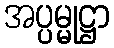
အပ္ပမ္မုဋ္ဌာ